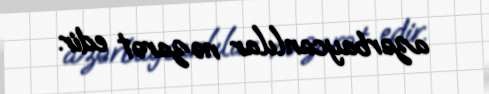
azərbaycanlılar nəzarət edir.